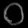
Digit: ၀